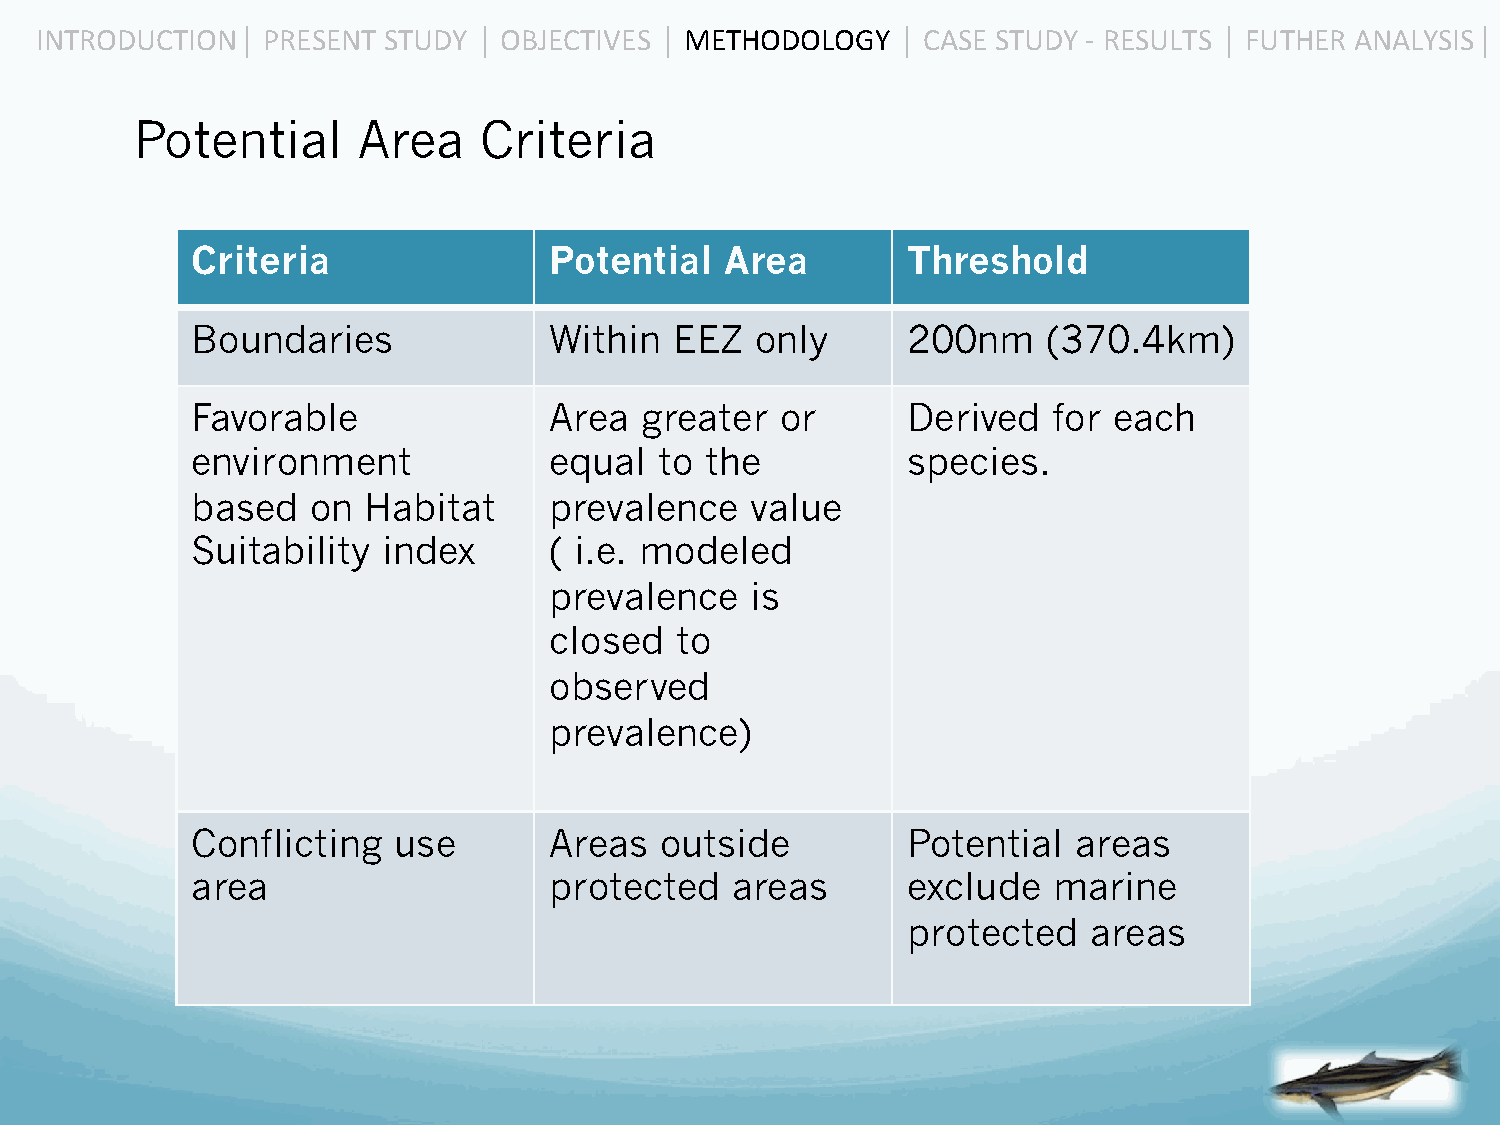
INTRODUCTION  ⎜ PRESENT STUDY ⎜ OBJECTIVES ⎜ METHODOLOGY ⎜ CASE STUDY -­‐ RESULTS ⎜ FUTHER ANALYSIS ⎜
 Potential      Area    Criteria
 Criteria               Potential   Area        Threshold
 Boundaries             Within   EEZ  only      200nm    (370.4km)
 Favorable              Area  greater   or      Derived   for each
 environment            equal   to the          species.
 based   on Habitat     prevalence    value
 Suitability index      ( i.e. modeled
 prevalence    is
 closed   to
 observed
 prevalence)
 Conflicting  use       Areas   outside         Potential  areas
 area                   protected   areas       exclude   marine
 protected   areas